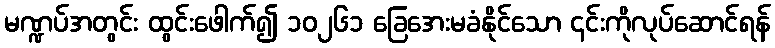
မဏ္ဍပ်အတွင်း ထွင်းဖေါက်၍ ၁၀၂၆၁ ခြေအေးမခံနိုင်သော ၎င်းကိုလုပ်ဆောင်ရန်